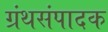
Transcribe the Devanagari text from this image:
ग्रंथसंपादक